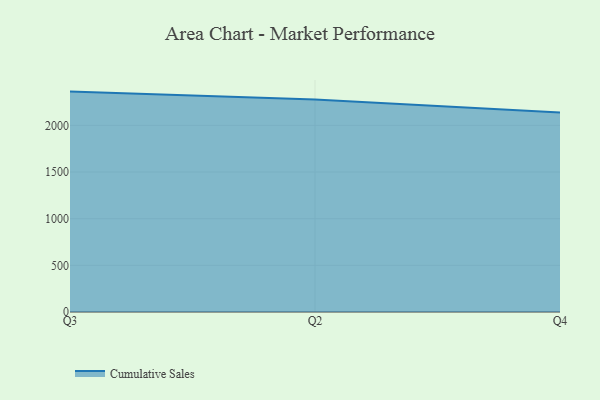
{"axis": {"x": "Quarter", "y": "LTV (USD)"}, "legend": ["Cumulative Sales"], "data": [{"x": "Q3", "y": 2362.1, "type": "Cumulative Sales"}, {"x": "Q2", "y": 2277.2, "type": "Cumulative Sales"}, {"x": "Q4", "y": 2138.5, "type": "Cumulative Sales"}]}